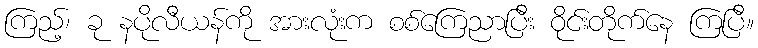
ကြည့်၊ ခု နပိုလီယန်ကို အားလုံးက စစ်ကြေညာပြီး ဝိုင်းတိုက်နေ ကြပြီ။